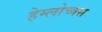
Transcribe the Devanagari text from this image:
हेम्लोच्क्स